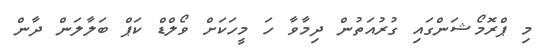
މި ޕްރޮމޯޝަންގައި ގުރުއަތުން ދިމާވާ ހަ މީހަކަށް ވޯލްޑް ކަޕް ބަލާލަން ދާން